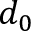
d _ { 0 }